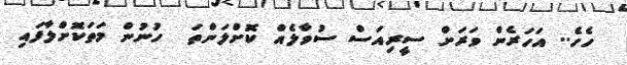
ހެހެ.. އަހަރެން ވަރަށް ސީރިއަސް ސުވާލެއް ކޮށްލަންތަ  ހުނުން މަތަކޮށްލާފައި